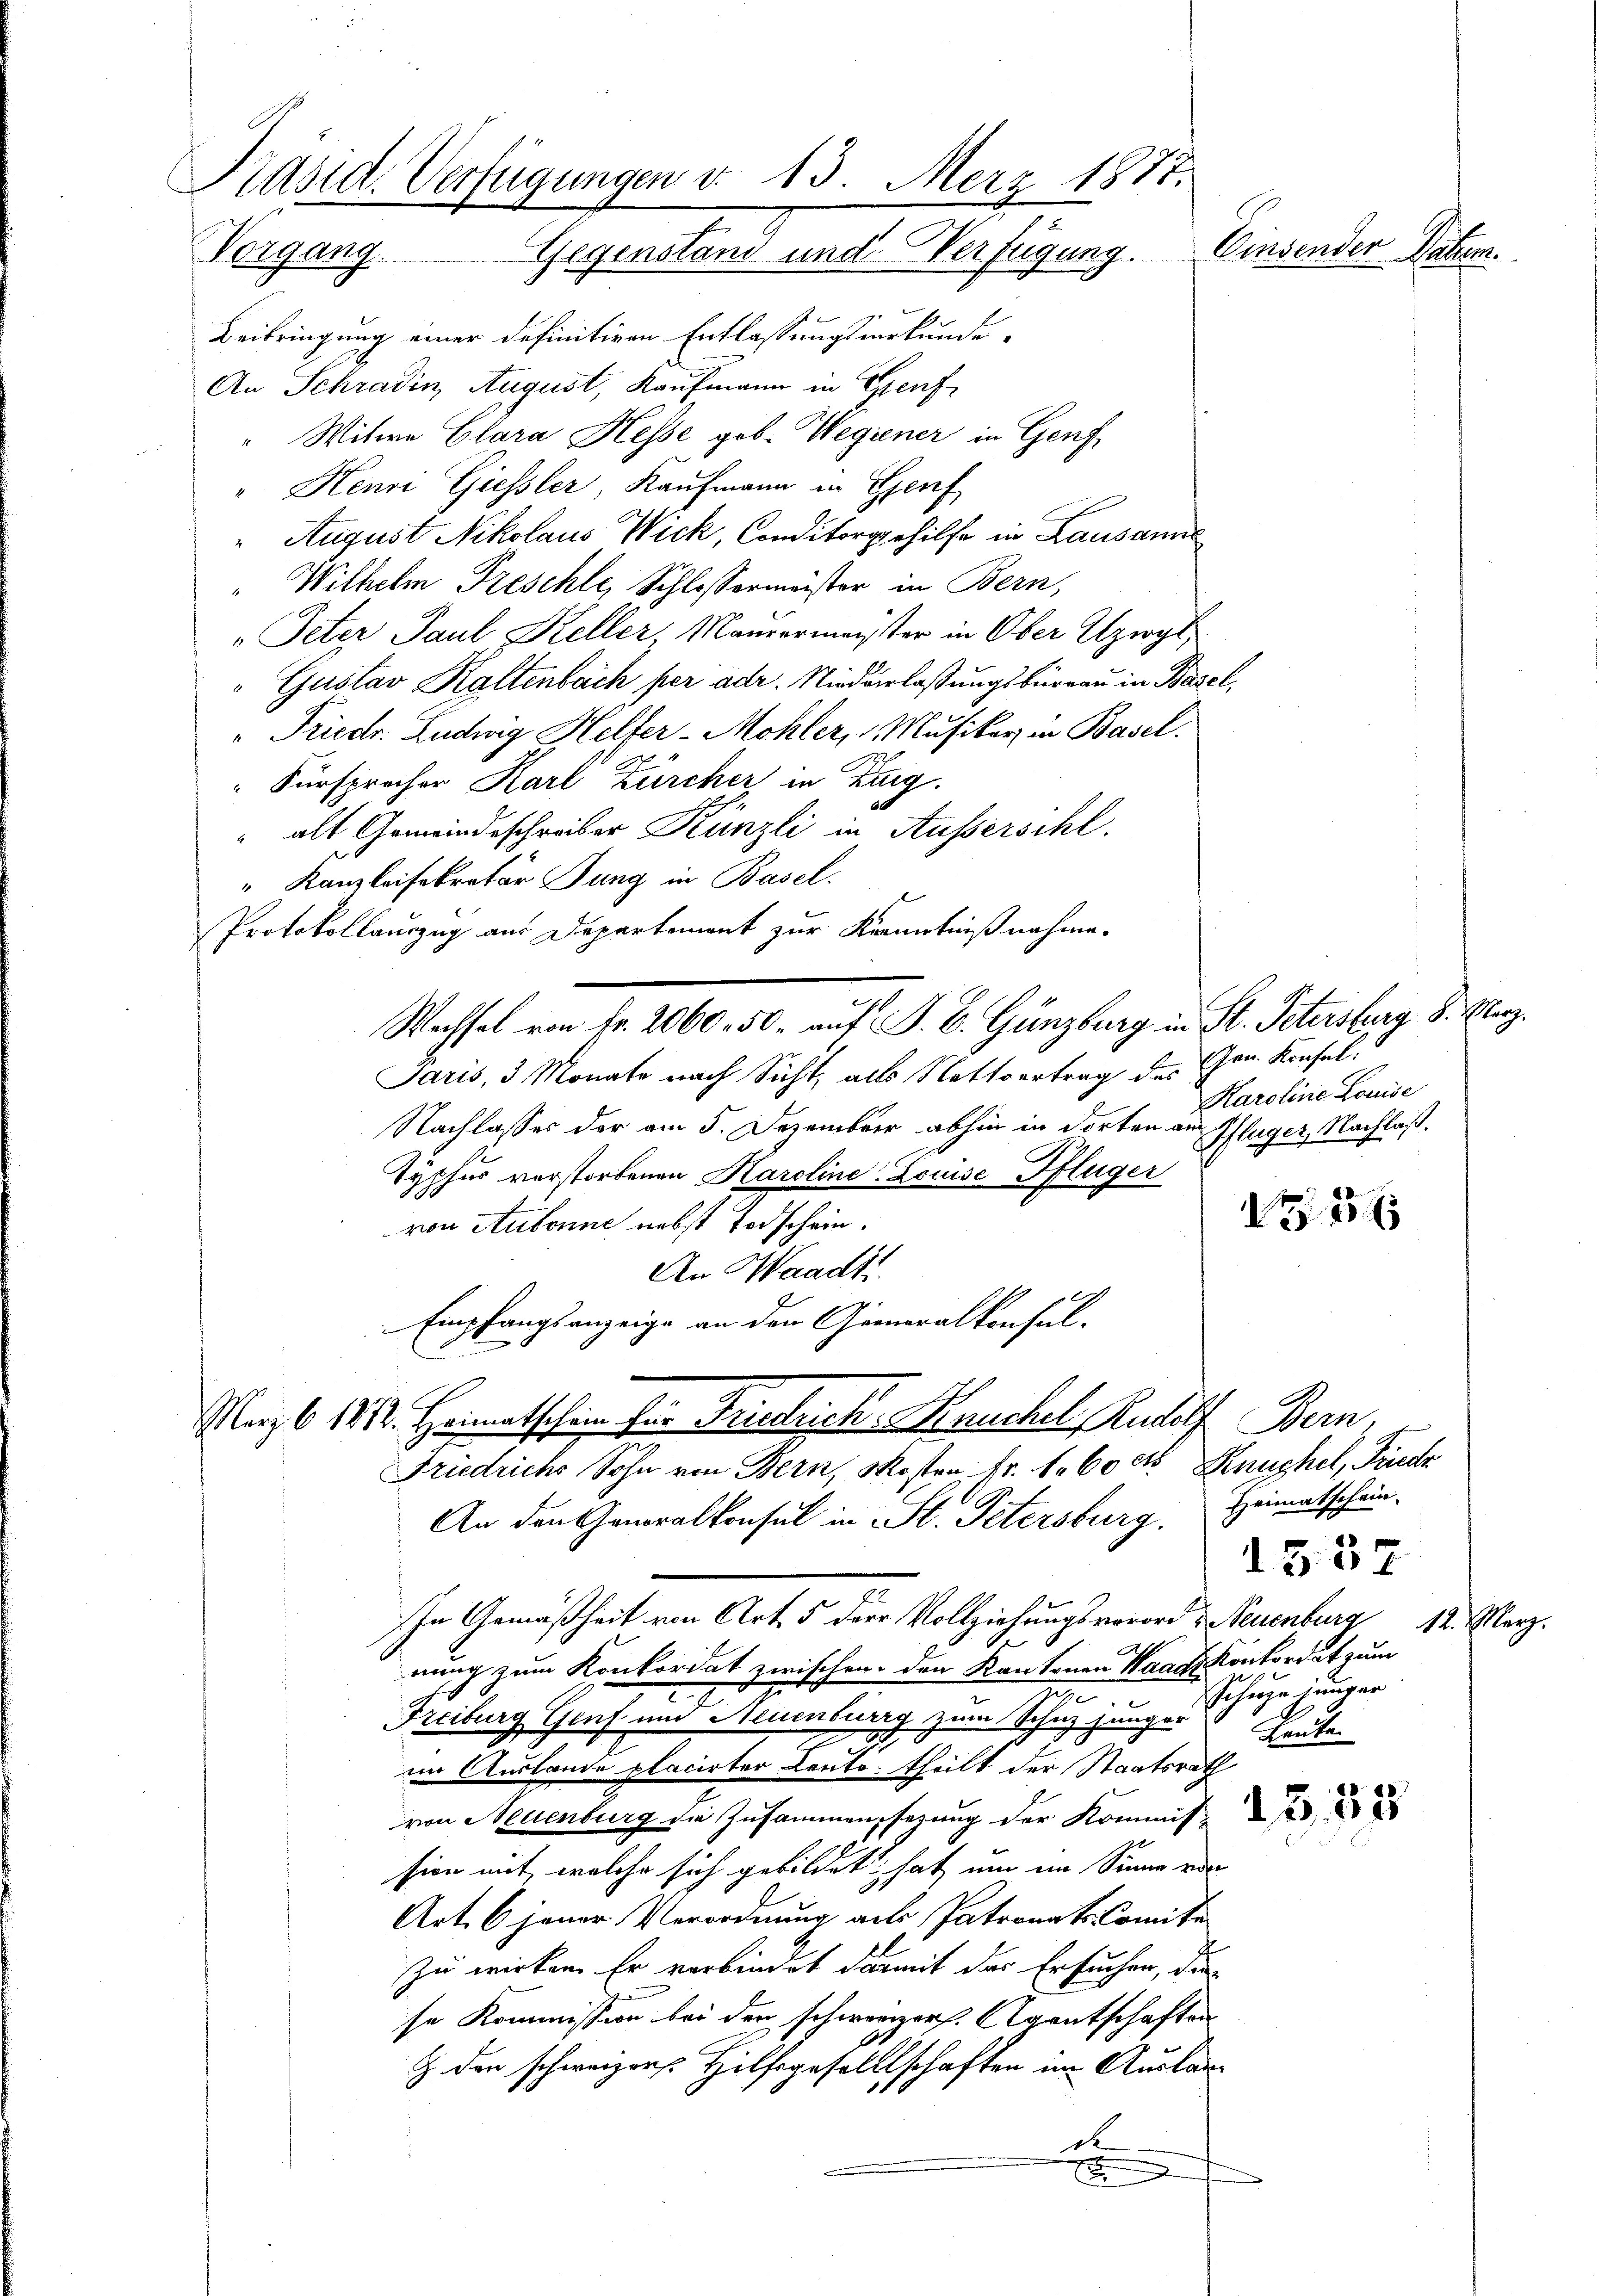
Präsid. Verfügungen d. 13. Merz 1877.
Vorgang. Gegenstand und Verfügung. Einsender Datem.

Beibringung einer definitiven Entlassungsurkunde,
An Schradin August, Kaufmann in Genf
" Witwe Clara Hesse geb. Wegiener in Genf,
Henri Giessler, Kaufmann in Genf,
 August Nikolaus Wick, Conditorgehilfe in Lausanne
"Wilhelm Freschle, Schlossermeister in Bern,
" Peter Paul Keller Maurermeister in Ober zweyt
Gustav Kaltenbach per adr. Niederlaßungsbureau in Basel,
"Friedr. Ludwig Helfer-Mohler, Musiker in Basel.
Fürsprecher Karl Zürcher in Zarg.
" als Gemeindeschreiber Künzli in Aussersihl.
" Kanzleisekretär Jung in Basel.
Protokollauszug aus Departement zur Kenntnißnahme.
Wechsel von Fr. 2060. 50. auf J. C. Günzburg in St. Petersburg 8. März.
Jaris, 3 Monate nach Sicht, alls Nettvertrag des Hrn. Konsel¬
Nachlasses der am 5. Dezember abhin in dorten an Pflüger, Nachlaß.
Tythur verstorbenen Karoline-Leuise Pflüger
von Aubonne nebst Todschein.
An Waadt
Empfangsanzeige an den Generalkonsul-
Mazb. 1812. Heimatschein für Friedrich. Keuchel, Rudolf Bern,
Friedrichs Sohn von Bern, Mosten Fr. 1. 60 cto Knuchel, Fridr
An den Generalkonsul in St. Petersburg. Heimatschein-
1557
In Gemäßheit von Art. 5 der Vollziehungsverord & Neuenburg 12. März.
nung zum Konkordat zwischen den Kantonen Waadtkonkordat zum
e
Freiburg Genf und Steuenburg zum Schuz jungen Schuze jünger
Beute
.
im Auslande placirter Leute theilt der Staatsrath
von Neuenburg die Zusammensezung der Kommis
sion mit, welche sich gebildet hat um ein Sinne ein
Art. 6 jener Verordnung als Patronats-Comite
zu wirken. Er verbindet darmit des Ersuchen, die
se Kommission bei den schweizer. Agentschaften
Z. den schweizer. Hilfsgesellschaften im Ausland

Karoline Louise

25